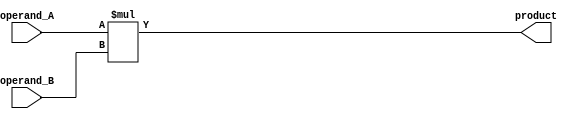
module signed_multiplier (
    input [31:0] operand_A,
    input [31:0] operand_B,
    output reg signed [63:0] product
);

always @(*) begin
    product = $signed(operand_A) * $signed(operand_B);
end

endmodule